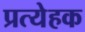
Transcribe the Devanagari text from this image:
प्रत्येहक